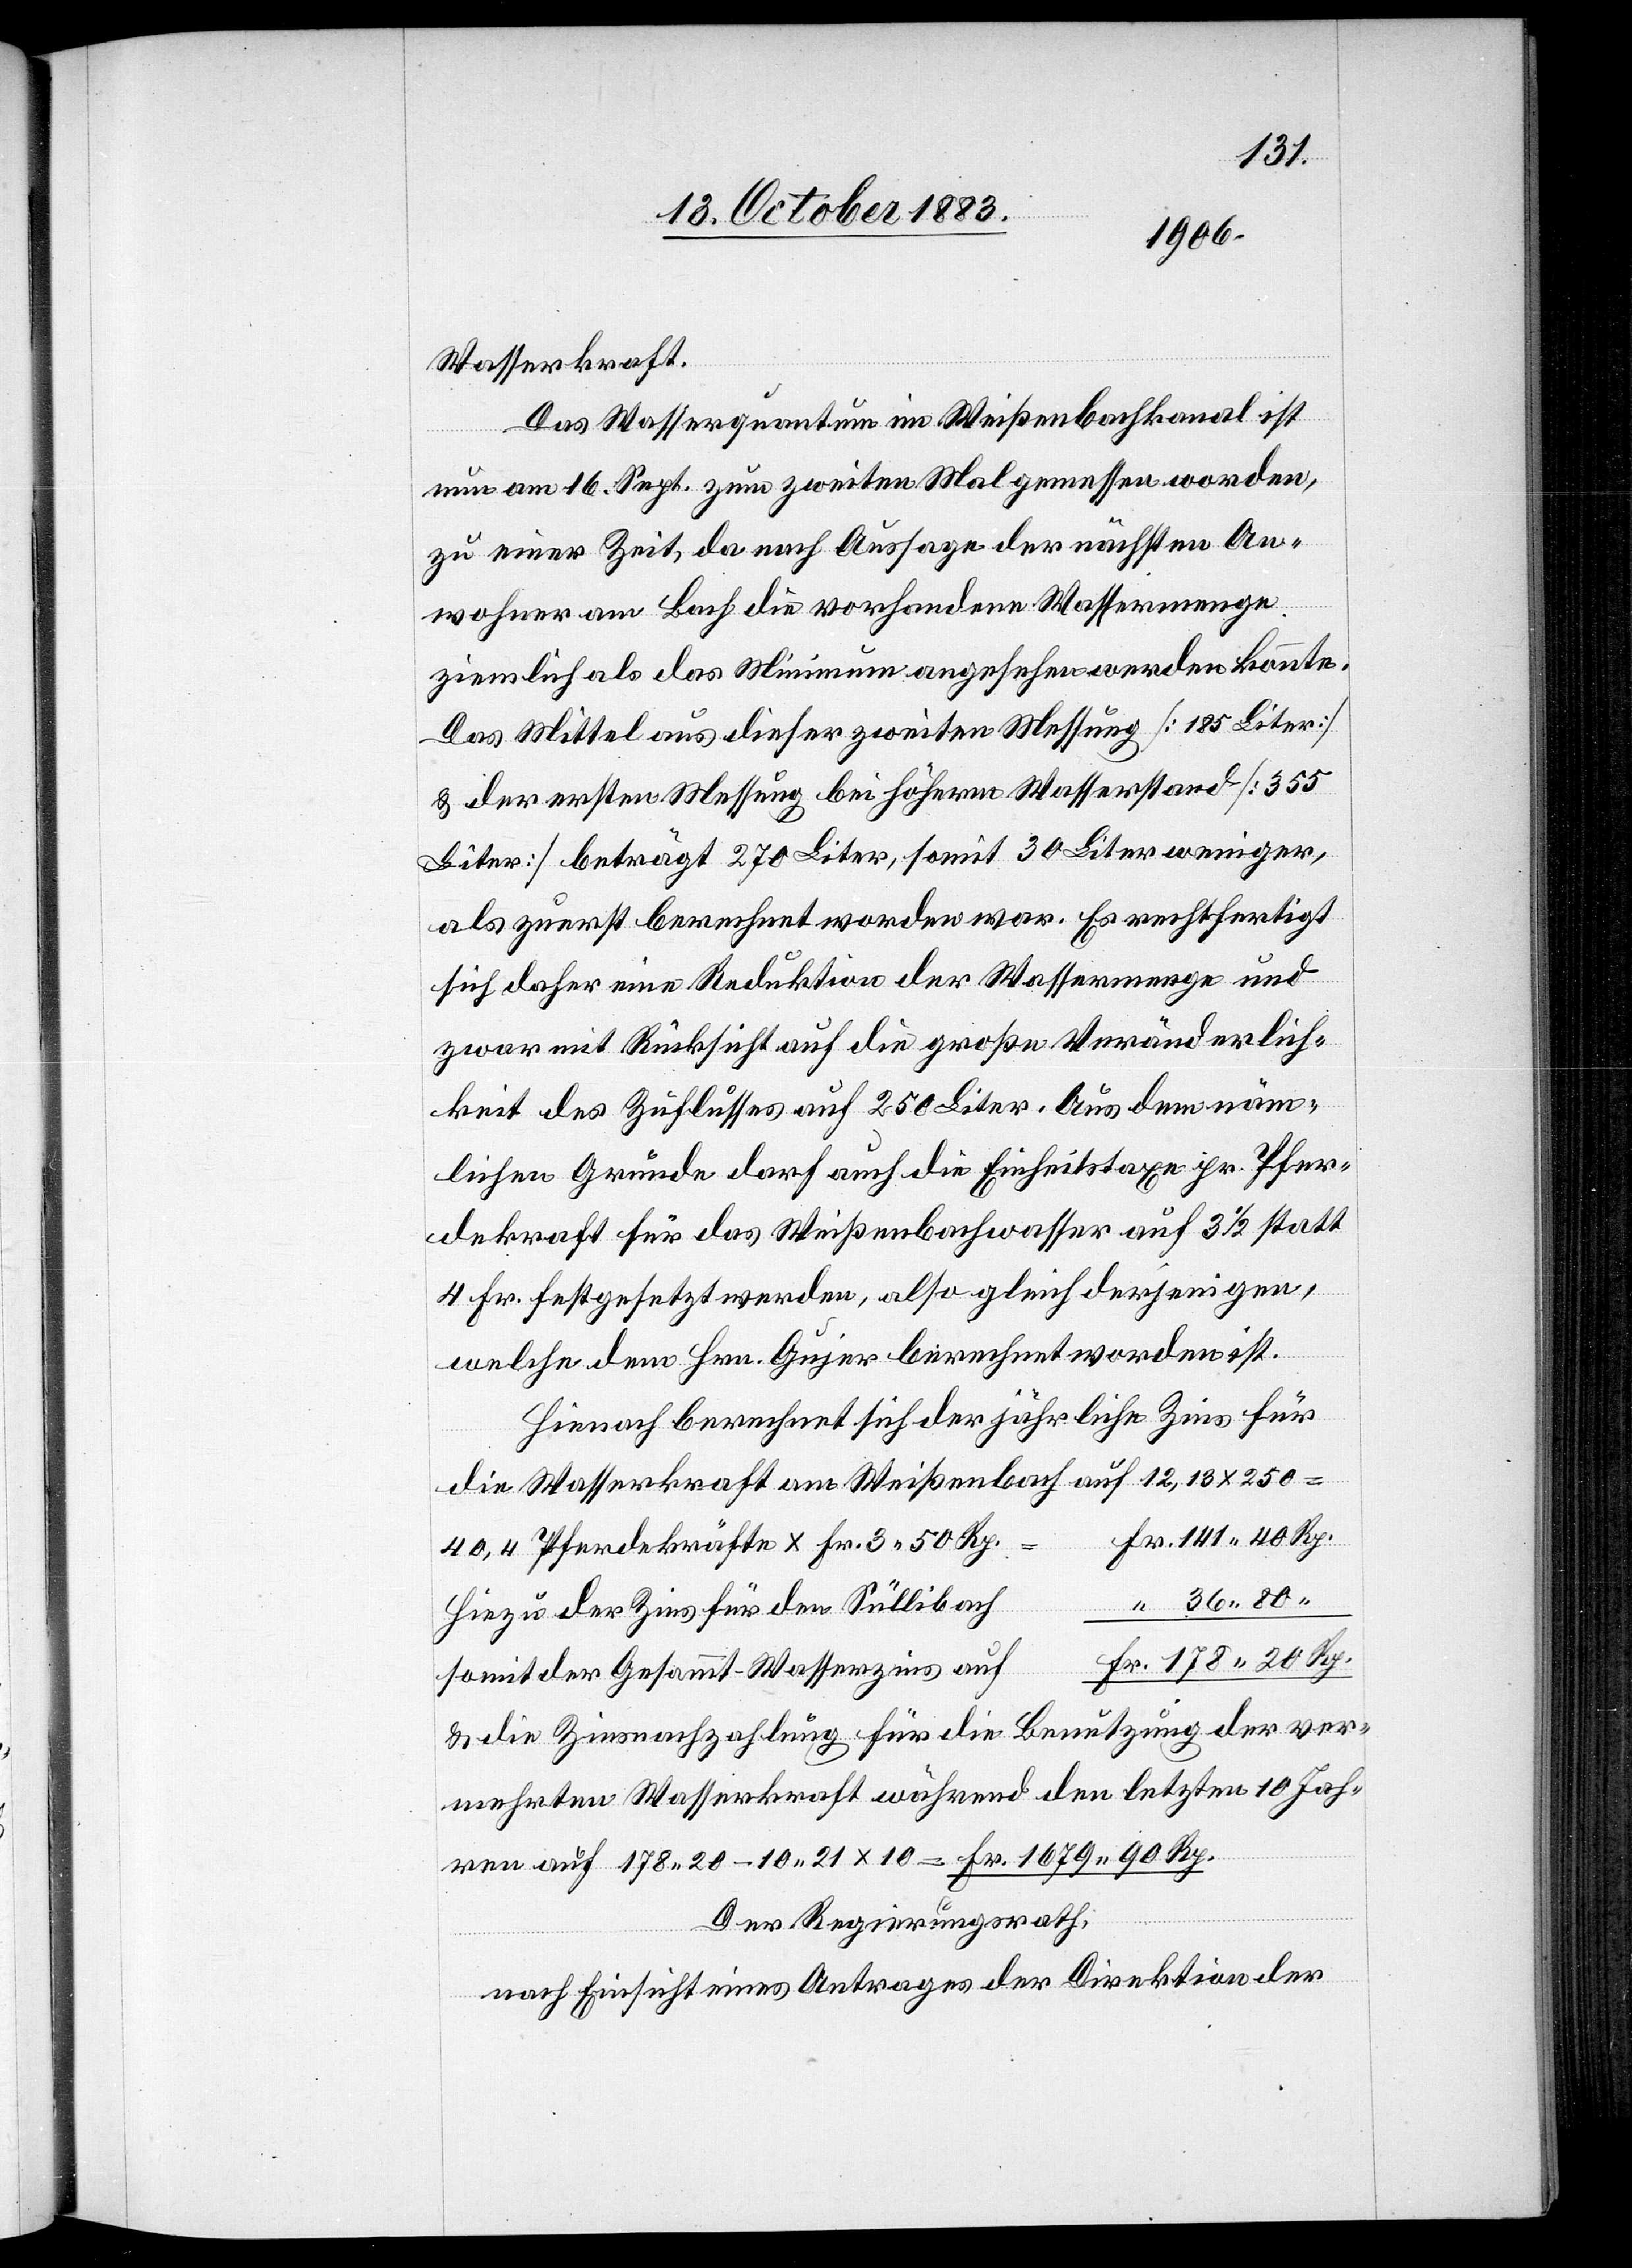
141 40
Wasserkraft.
Das Wasserquantum im Weißenbachkanal ist
nun am 16. Sept. zum zweiten Mal gemessen worden,
zu einer Zeit, da nach Aussage der nächsten An¬
wohner am Bach die vorhandene Wassermenge
ziemlich als das Minimum angesehen werden konnte.
Das Mittel aus dieser zweiten Messung [185 Liter]
& der ersten Messung bei höherm Wasserstand [355
Liter] beträgt 270 Liter, somit 30 Liter weniger,
als zuerst berechnet worden war. Es rechtfertigt
sich daher eine Reduktion der Wassermenge und
zwar mit Rücksicht auf die große Veränderlich¬
keit des Zuflusses auf 250 Liter. Aus dem näm¬
lichen Grunde darf auch die Einheitstaxe pr. Pfer¬
dekraft für das Weißenbachwasser auf 3 1/2 statt
4 Fr festgesetzt werden, also gleich derjenigen,
welche dem Hrn. Gujer berechnet worden ist.
Hienach berechnet sich der jährliche Zins für
die Wasserkraft am Weißenbach auf 12,13 x 250
Fr.
40,4 Pferdekräfte x Fr. 3 50 Rp.
36 80
Rp.
Hiezu der Zins für den Süllibach
somit der Gesammt-Wasserzins auf
& die Zinsnachzahlung für die Benutzung der ver¬
mehrten Wasserkraft während den letzten 10 Jah¬
ren auf 178 20 - 10 21 x 10 = Fr. 1679 90 Rp.
Der Regierungsrath,
nach Einsicht eines Antrages der Direktion der